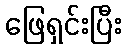
ဖြေရှင်းပြီး